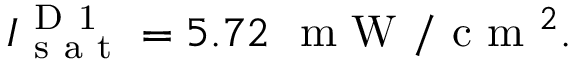
I _ { \mathrm { ~ s ~ a ~ t ~ } } ^ { \mathrm { ~ D ~ 1 ~ } } = 5 . 7 2 \, \, \mathrm { ~ m ~ W ~ } / \mathrm { ~ c ~ m ~ } ^ { 2 } .